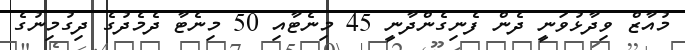
މުއާޒް ވިދާޅުވަނީ ދެން ފެނިގެންދާނީ 45 މިނެޓާއި 50 މިނެޓާ ދެމެދުގެ ދިގުމިނުގެ